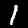
Digit: 1